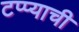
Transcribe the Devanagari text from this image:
टप्प्याची